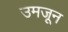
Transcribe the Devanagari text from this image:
उमजून